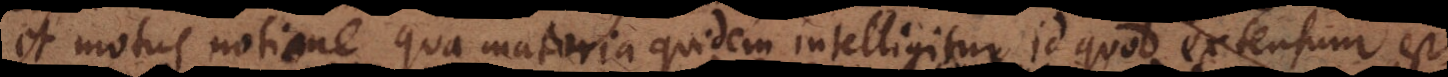
et motus notione, qua materia quidem intelligitur id quod extensum est